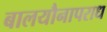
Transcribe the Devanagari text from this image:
बालयौनापराध